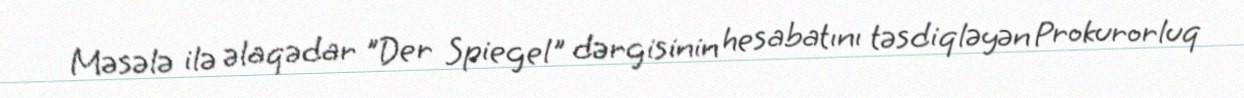
Məsələ ilə əlaqədar "Der Spiegel" dərgisinin hesabatını təsdiqləyən Prokurorluq